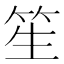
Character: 笙